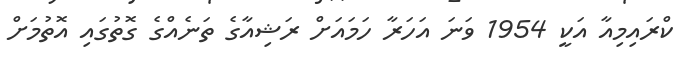
ކްރައިމިއާ އަކީ 1954 ވަނަ އަހަރާ ހަމައަށް ރަޝިއާގެ ތަނެއްގެ ގޮތުގައި އޮތުމަށް